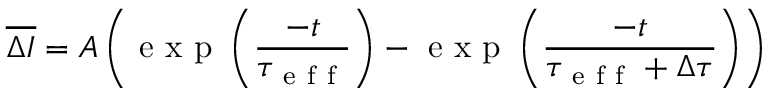
\overline { { \Delta I } } = A \left( \mathrm { ~ e ~ x ~ p ~ } \left( { \frac { - t } { \tau _ { \mathrm { ~ e ~ f ~ f ~ } } } } \right) - \mathrm { ~ e ~ x ~ p ~ } \left( { \frac { - t } { \tau _ { \mathrm { ~ e ~ f ~ f ~ } } + \Delta \tau } } \right) \right)